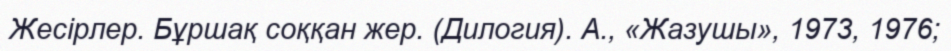
Жесірлер. Бұршақ соққан жер. (Дилогия). А., «Жазушы», 1973, 1976;